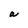
Character: a